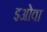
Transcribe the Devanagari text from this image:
इओवा